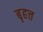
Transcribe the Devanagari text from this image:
बृहत्त